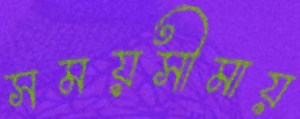
সময়সীমায়